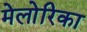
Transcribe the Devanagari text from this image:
मेलोरिका